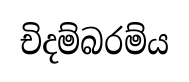
චිදම්බරම්ය